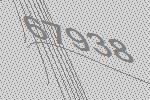
67938